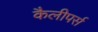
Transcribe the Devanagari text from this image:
कैलीपर्स